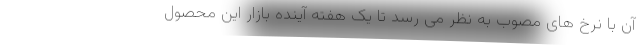
آن با نرخ های مصوب به نظر می رسد تا یک هفته آینده بازار این محصول